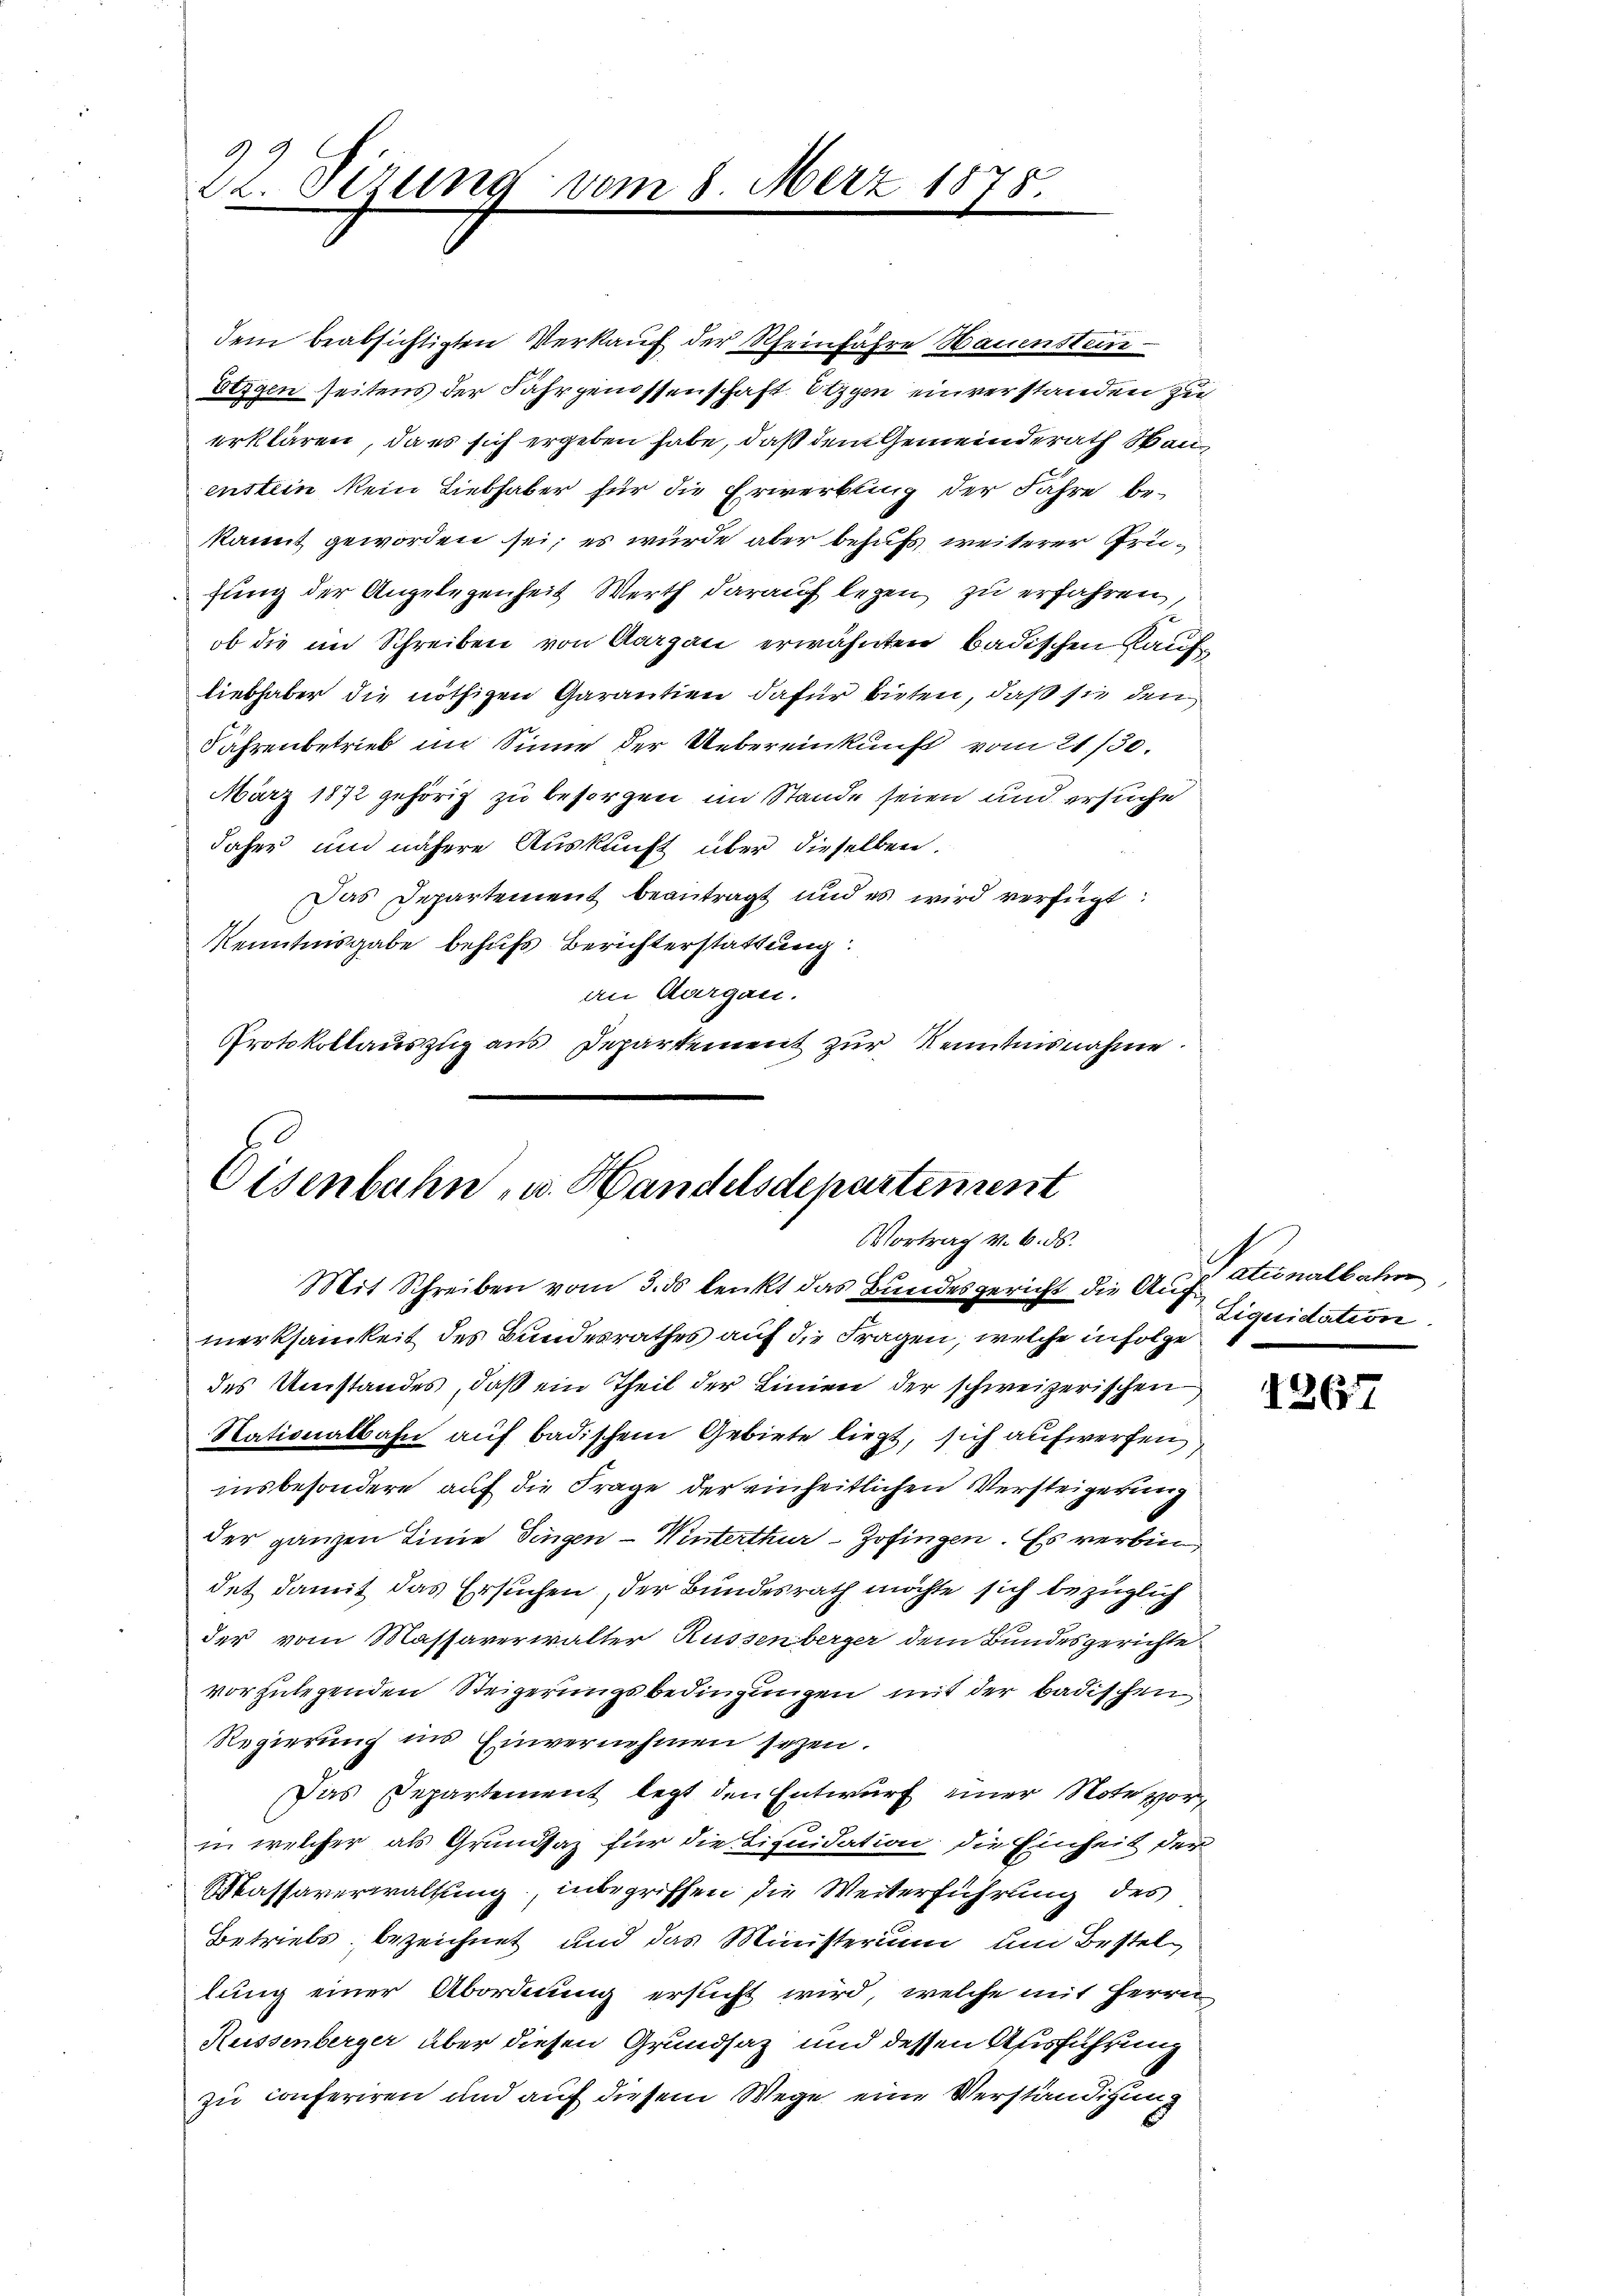
9
22. Dirung vom 8. Merz 1878

dem beabsichtigten Verkauf der Scheinfahre Bauensten
Seigen seitens der Fahrgenossenschaft Otzgen einverstanden zu
erklären, da es sich ergeben habe, daß dem Gemeinderath Bauenstein kein Liebhaber für die Erwerbung der Jahre bekannt geworden sei; es wurde aber behufs weiterer Prüfung der Angelegenheit Werth darauf legen zu erfahren,
ob die im Schreiben von Aargau erwähnten badischen Kaufliebhaber die nöthigen Garantien dafür bieten, daß sie den
Jahrenbetrieb im Sinne der Uebereinkunft vom 21./30.
März 1872 gehörig zu besorgen im Stande seien und ersuche
daher und nähere Auskunft über dieselben.
Das Departement beantragt und es wird verfügt:
Kenntnisgabe behufs Berichterstattung
an Aargau.
Protokollauszug aus Departement zur Kenntnisnahme.

Eisenbahn- u. Handelsdepartement
Vortrag v. 6. ds.
Mit Schreiben vom 3. ds lenkt das Bundesgericht die Aug

merksamkeit des Bundesrathes auf die Fragen, welche in Folge
des Umstandes, daß ein Theil der Linien der schweizerischen
Nationalbahn auf badischem Gebiete liegt, sich aufwerfen
insbesondere auf die Frage der einheitlichen Versteigerung
der ganzen Linie dingen - Winterthur–Zofingen. Es verbindet damit das Ersuchen, der Bundesrath möchte sich bezüglich
der vom Massaverwalter Russenberger dem Bundesgerichte
vorzulegenden Steigerungsbedingungen mit der badischen
Regierung ins Einvernehmen seyen.
Das Departement legt den Entwurf einer Note vorin welcher als Grundsaz für die Liquidation die Einheit der
Massaverwaltung, inbegriffen die Weiterführung des
Betriebs bezeichnet und das Ministerium um Bestellung einer Abordnung ersucht wird, welche mit Herrn
Küssenberger über diesen Grundsaz und dessen Ausführung
zu conferiren und auf diesem Wege eine Verständigung

Vationalbahren
Liquidation.

1267